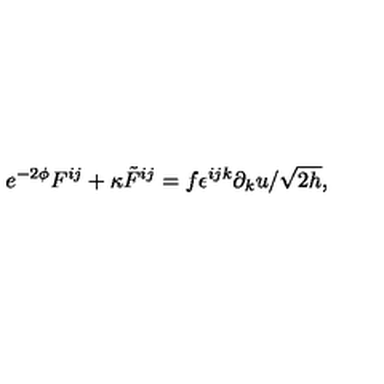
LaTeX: e ^ { - 2 \phi } F ^ { i j } + \kappa { \tilde { F } } ^ { i j } = f \epsilon ^ { i j k } \partial _ { k } u / \sqrt { 2 h } ,